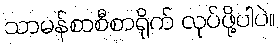
သာမန်စာစီစာရိုက် လုပ်ဖို့ပါပဲ။